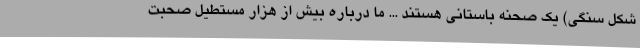
شکل سنگی) یک صحنه باستانی هستند ... ما درباره بیش از هزار مستطیل صحبت